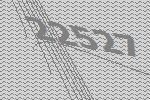
22527